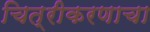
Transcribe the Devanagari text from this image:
चित्रीकरणाचा